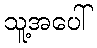
သူ့အပေါ်